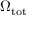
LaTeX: \Omega _ { \mathrm { t o t } }